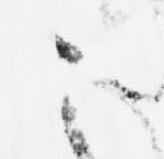
こ